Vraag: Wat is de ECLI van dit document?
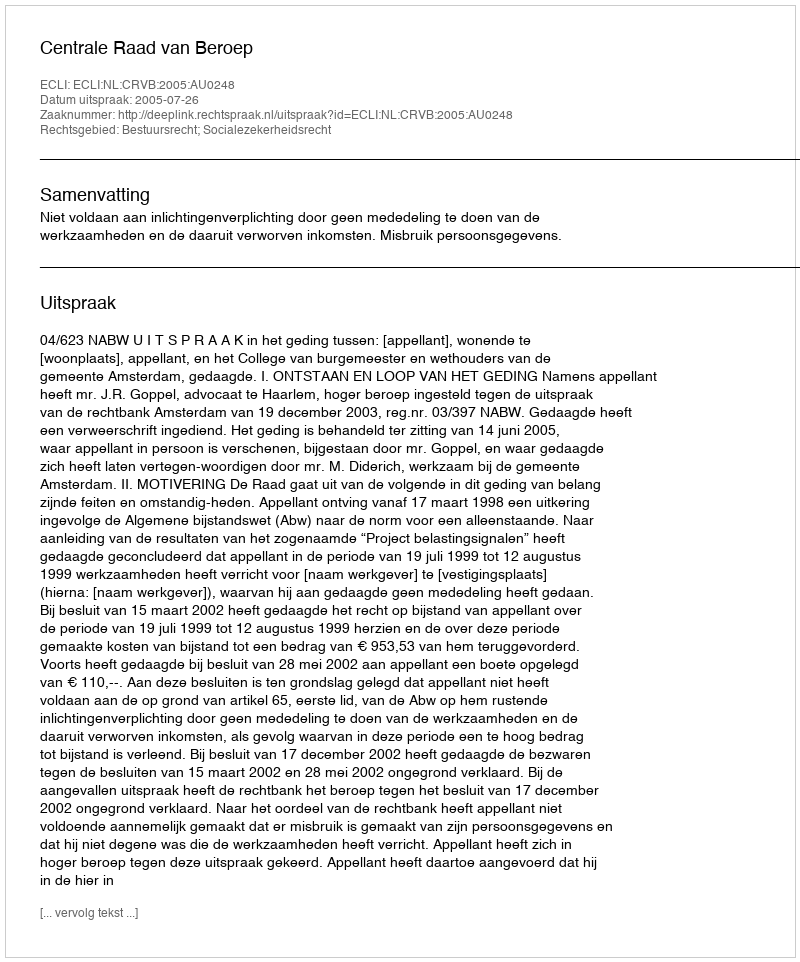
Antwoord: ECLI:NL:CRVB:2005:AU0248